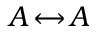
A \! \leftrightarrow \! A